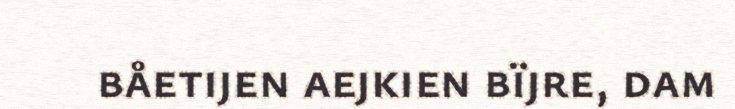
båetijen aejkien bïjre, dam